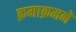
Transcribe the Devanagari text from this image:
क्रमाक्रमने